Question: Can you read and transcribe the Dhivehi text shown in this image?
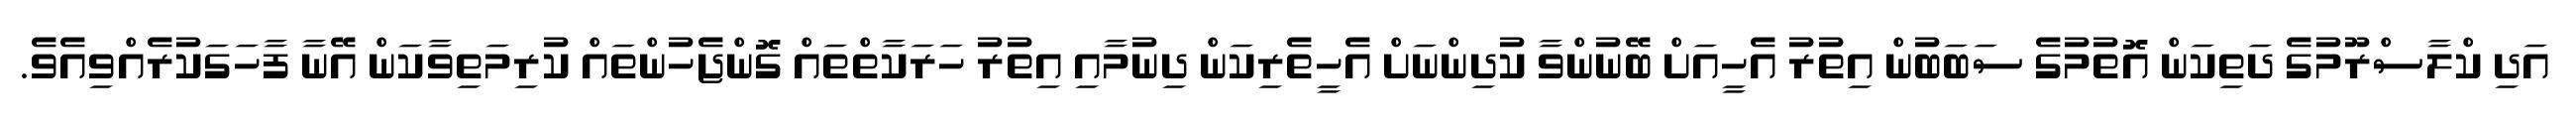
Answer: އަދި ކްލާސްރޫމުގެ ދަތިކަން އޮތުމުގެ ސަބަބުން އިތުރު އެހީއަށް ބޭނުންވާ ކުދިންނަށް އެހީތެރިކަން ދިނުމާއި އިތުރު ހަރަކާތްތައް ގޮންޖެހުންތައް ކުރިމަތިވާކަން އޭނާ ފާހަގަކުރެއްވިއެވެ.